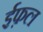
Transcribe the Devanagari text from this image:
ईफ़ल